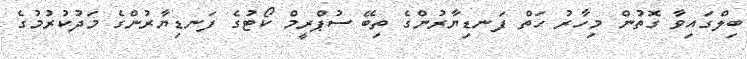
ބިލްގައިވާ ގޮތުން މިހާރު ހަތް ފަނޑިޔާރުންގެ ތިބޭ ސުޕްރީމް ކޯޓުގެ ފަނޑިޔާރުންގެ މަދުކުރުމުގެ